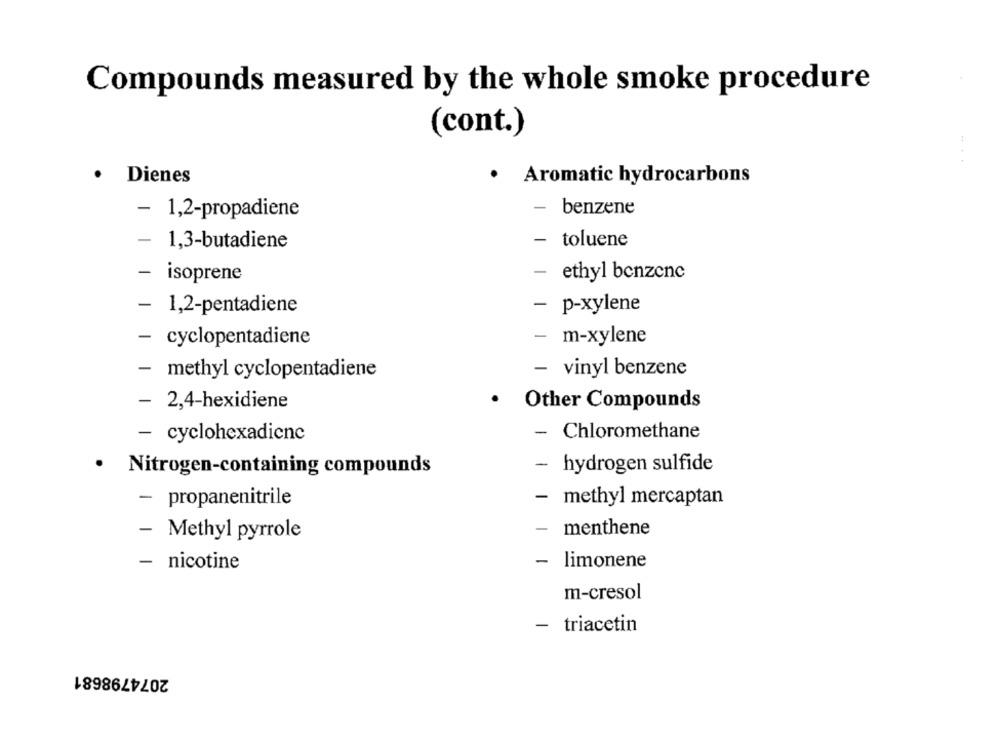
Compounds measured by the whole smoke procedure
(cont.)
Dienes
.
Aromatic hydrocarbons
-
- 1,2-propadiene
benzene
-
- toluene
1,3-butadiene
-
isoprene
- ethyl benzene
- 1,2-pentadiene
- p-xylene
- cyclopentadiene
- m-xylene
- vinyl benzene
- methyl cyclopentadiene
- 2,4-hexidiene
.
Other Compounds
- cyclohexadiene
- Chloromethane
.
- hydrogen sulfide
Nitrogen-containing compounds
- propanenitrile
- methyl mercaptan
menthene
- Methyl pyrrole
- nicotine
- limonene
m-cresol
- triacetin
2074798681